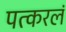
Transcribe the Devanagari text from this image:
पत्करलं